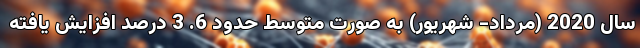
سال 2020 (مرداد- شهریور) به صورت متوسط حدود 6. 3 درصد افزایش یافته